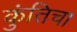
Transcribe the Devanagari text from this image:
कुंतिचा